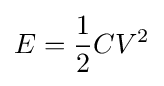
E={\frac {1}{2}}CV^{2}